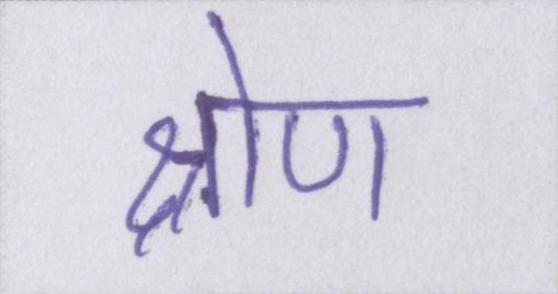
श्रोण